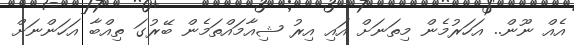
އެއް ނޫން.. އަހަރުމެން މިތަނަށް އައި އިރު ޝިއާމައްތަމެން ބޭރުގަ ތިއްބާ އަހަންނަށް